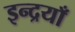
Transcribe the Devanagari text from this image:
इन्द्रयाँ